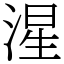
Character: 湦